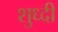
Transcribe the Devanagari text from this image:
शुध्दी